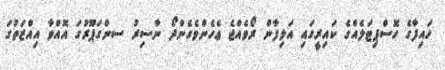
ހައިފާގެ ހޮސްޕިޓަލެއްގެ ކައިރީގައި އަލިފާން ރޯވެއްޖެ ޢެހެންވެގެންދޯ ނާސިރުު ސންގަޕޫރުގަ އޮއްވާ އިއްޒަތުގަ